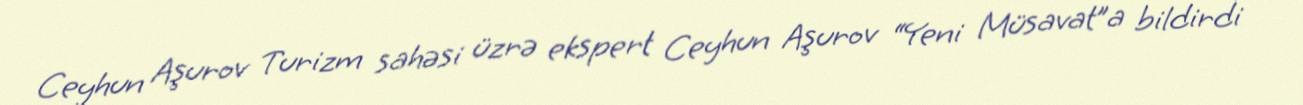
Ceyhun Aşurov Turizm sahəsi üzrə ekspert Ceyhun Aşurov “Yeni Müsavat”a bildirdi